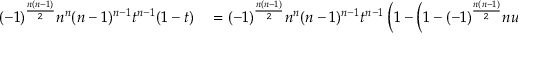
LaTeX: \begin{array} { r l } { ( - 1 ) ^ { \frac { n ( n - 1 ) } { 2 } } n ^ { n } ( n - 1 ) ^ { n - 1 } t ^ { n - 1 } ( 1 - t ) } & { { } = ( - 1 ) ^ { \frac { n ( n - 1 ) } { 2 } } n ^ { n } ( n - 1 ) ^ { n - 1 } t ^ { n - 1 } \left( 1 - \left( 1 - ( - 1 ) ^ { \frac { n ( n - 1 ) } { 2 } } n u ^ { 2 } \right) \right) } \end{array}